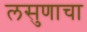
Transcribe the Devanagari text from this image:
लसुणाचा